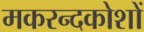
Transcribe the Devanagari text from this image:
मकरन्दकोशों